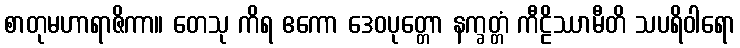
စာတုမဟာရာဇိကာ။ တေသု ကိရ ဧကော ဒေဝပုတ္တော နက္ခတ္တံ ကီဠိဿာမီတိ သပရိဝါရော